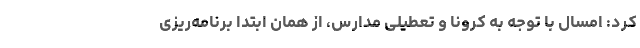
کرد: امسال با توجه به کرونا و تعطیلی مدارس، از همان ابتدا برنامه‌ریزی